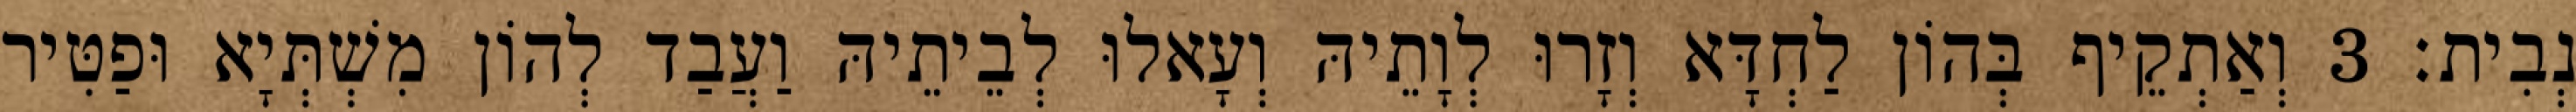
נְבִית׃ 3 וְאַתְקֵיף בְּהוֹן לַחְדָּא וְזָרוּ לְוָתֵיהּ וְעָאלוּ לְבֵיתֵיהּ וַעֲבַד לְהוֹן מִשְׁתְּיָא וּפַטִּיר